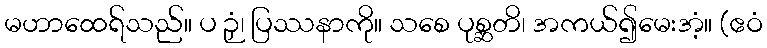
မဟာထေရ်သည်။ ပ ဉှံ၊ ပြဿနာကို။ သစေ ပုစ္ဆတိ၊ အကယ်၍မေးအံ့။ (ဧဝံ